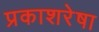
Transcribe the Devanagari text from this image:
प्रकाशरेषा